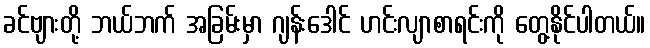
ခင်ဗျားတို့ ဘယ်ဘက် အခြမ်းမှာ ဂျန်းဒေါင် ဟင်းလျာစာရင်းကို တွေ့နိုင်ပါတယ်။